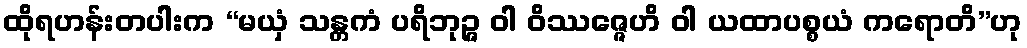
ထိုရဟန်းတပါးက “မယှံ သန္တကံ ပရိဘုဉ္ဇ ဝါ ဝိဿဇ္ဇေဟိ ဝါ ယထာပစ္စယံ ကရောတိ”ဟု